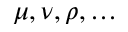
\mu , \nu , \rho , \dots